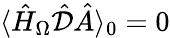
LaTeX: \langle\hat{H}_{\Omega}\hat{\mathcal{D}}\hat{A}\rangle_{0}=0